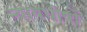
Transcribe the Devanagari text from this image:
न्यायधीषों